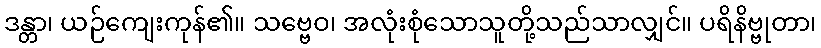
ဒန္တာ၊ ယဉ်ကျေးကုန်၏။ သဗ္ဗေဝ၊ အလုံးစုံသောသူတို့သည်သာလျှင်။ ပရိနိဗ္ဗုတာ၊